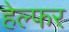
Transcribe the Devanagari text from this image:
हेल्फर